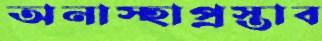
অনাস্হাপ্রস্তাব